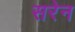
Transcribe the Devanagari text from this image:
सरेन